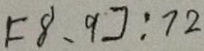
[ 8 、 9 ] : 7 2